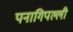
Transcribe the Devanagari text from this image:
पनागिपल्ली